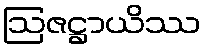
ဩဇဋ္ဌာယိဿ